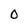
Character: 0